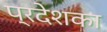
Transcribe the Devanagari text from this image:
प्रदेशका